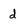
Character: d